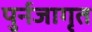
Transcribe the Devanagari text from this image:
पुर्नजागृत